Plague in India, 1896, 1897 - Volume 2
Year: 1896
Disease focus: Plague
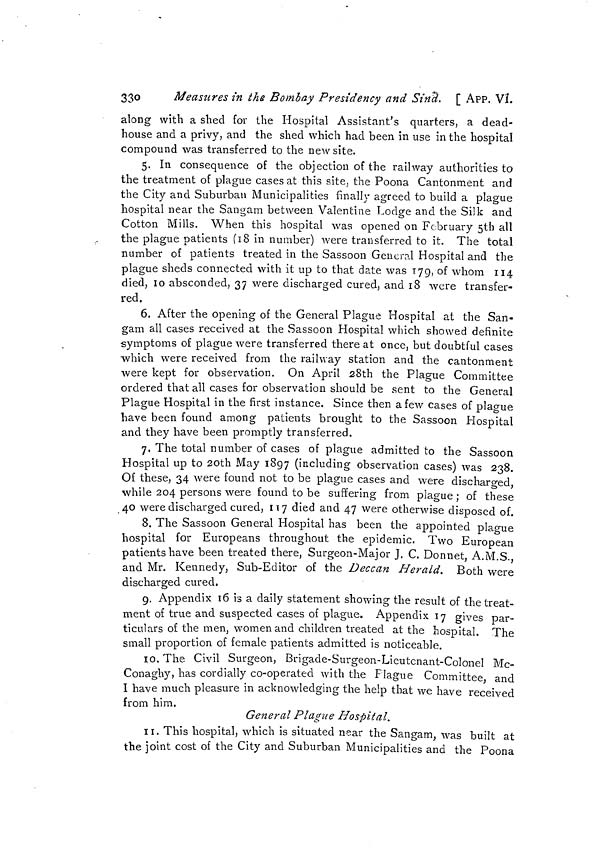
330
Measures in the Bombay Presidency and Sind. [ APP. VÍ.
along with a shed for the Hospital Assistant's quarters, a dead-
house and a privy, and the shed which had been in use in the hospital
compound was transferred to the new site.
5. In consequence of the objection of the railway authorities to
the treatment of plague cases at this site, the Poona Cantonment and
the City and Suburban Municipalities finally agreed to build a plague
hospital near the Sangam between Valentine Lodge and the Silk and
Cotton Mills. When this hospital was opened on February 5th all
the plague patients (18 in number) were transferred to it. The total
number of patients treated in the Sassoon General Hospital and the
plague sheds connected with it up to that date was 179, of whom 114
died, I0 absconded, 37 were discharged cured, and 18 were transfer-
red.
6. After the opening of the General Plague Hospital at the San-
gam all cases received at the Sassoon Hospital which showed definite
symptoms of plague were transferred there at once, but doubtful cases
which were received from the railway station and the cantonment
were kept for observation. On April 28th the Plague Committee
ordered that all cases for observation should be sent to the General
Plague Hospital in the first instance. Since then a few cases of plague
have been found among patients brought to the Sassoon Hospital
and they have been promptly transferred.
7. The total number of cases of plague admitted to the Sassoon
Hospital up to 20th May 1897 (including observation cases) was 238.
Of these, 34 were found not to be plague cases and were discharged,
while 204 persons were found to be suffering from plague ; of these
40 were discharged cured, 117 died and 47 were otherwise disposed of.
8. The Sassoon General Hospital has been the appointed plague
hospital for Europeans throughout the epidemic. Two European
patients have been treated there, Surgeon-Major J. C. Donnet, A.M.S.,
and Mr. Kennedy, Sub-Editor of the Deccan Herald. Both were
discharged cured.
g. Appendix 16 is a daily statement showing the result of the treat-
ment of true and suspected cases of plague. Appendix 17 gives par-
ticulars of the men, women and children treated at the hospital. The
small proportion of female patients admitted is noticeable.
10. The Civil Surgeon, Brigade-Surgeon-Lieutcnant-Colonel Mc-
Conaghy, has cordially co-operated with the Plague Committee, and
I have much pleasure in acknowledging the help that we have received
from him.
General Plague Hospital.
11. This hospital, which is situated near the Sangam, was built at
the joint cost of the City and Suburban Municipalities and the Poona